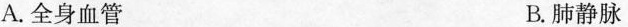
A.全身血管 B.肺静脉